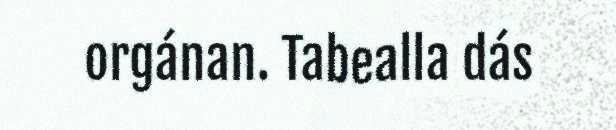
orgánan. Tabealla dás